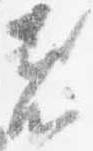
者